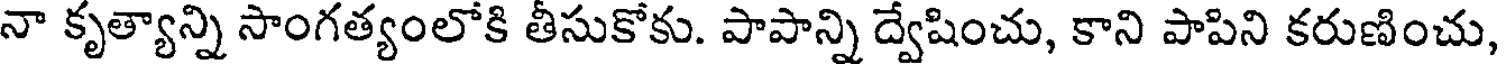
నా కృత్యాన్ని సాంగత్యంలోకి తీసుకోకు. పాపాన్ని ద్వేషించు, కాని పాపిని కరుణించు,